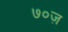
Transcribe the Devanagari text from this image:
७०ज़